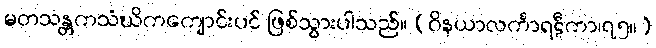
မတသန္တကသံဃိကကျောင်းပင် ဖြစ်သွားပါသည်။ (ဝိနယာလင်္ကာရဋီကာ၊၇၅။)